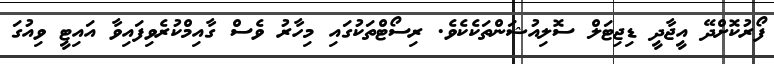
ފޯރުކޮށްދޭ އީޖާދީ ޑިޖިޓަލް ސޮލިއުޝަންތަކެކެވެ. ރިސޯޓްތަކުގައި މިހާރު ވެސް ގާއިމްކުރެވިފައިވާ އައިޓީ ވިއުގަ